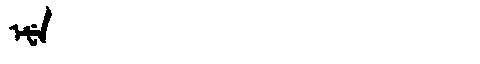
Manchu: ᡝᡶᡝ
Romanization: EFE